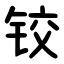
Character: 铰